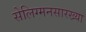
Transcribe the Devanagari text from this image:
सेलिग्मनसारख्या